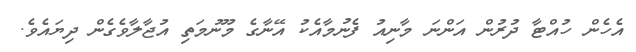
އެހެން ހުއްޓާ ދުރުން އަންނަ މާނިއު ފެނުމާއެކު އޭނާގެ މޫނުމަތި އުޖާލާވެގެން ދިޔައެވެ.